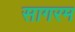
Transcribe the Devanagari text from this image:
सागरम